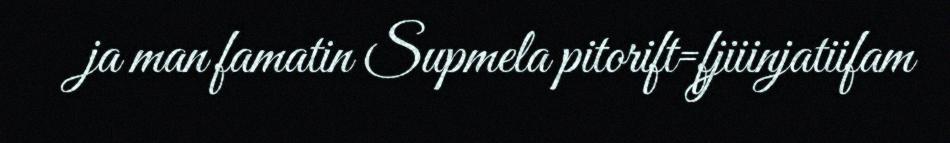
ja man famatin Supmela pitorift=fjiiinjatiifam